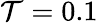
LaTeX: \mathcal{T}=0.1